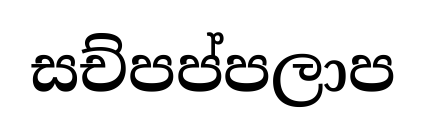
සච්පප්පලාප